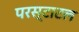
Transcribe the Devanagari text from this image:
परस्टाटल